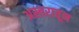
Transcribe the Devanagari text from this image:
अस्तरातून